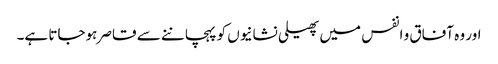
اور وہ آفاق و انفس میں پھیلی نشانیوں کو پہچاننے سے قاصر ہوجاتا ہے۔